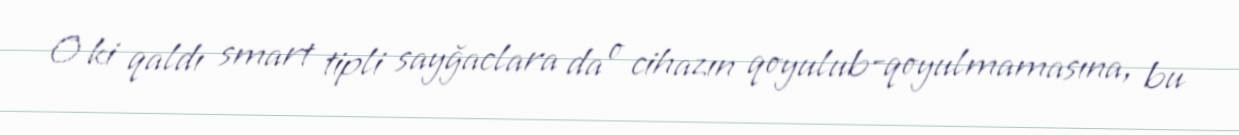
O ki qaldı smart tipli sayğaclara da o cihazın qoyulub-qoyulmamasına, bu